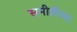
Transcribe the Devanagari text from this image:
समीतीच्या